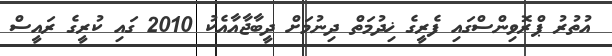
އުތުރު ޕްރޮވިންސްގައި ފެރީގެ ޚިދުމަތް ދިނުމަށް ދީބާޖާއާއެކު 2010 ގައި ކުރީގެ ރައީސް